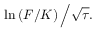
\ln \left( F / K \right) { \Big / } { \sqrt { \tau } } .